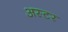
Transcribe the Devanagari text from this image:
अस्टर